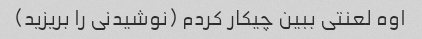
اوه لعنتی ببین چیکار کردم (نوشیدنی را بریزید)